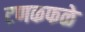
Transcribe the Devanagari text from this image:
टणकफळे